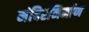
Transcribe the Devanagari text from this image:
मंदिरनिर्माण